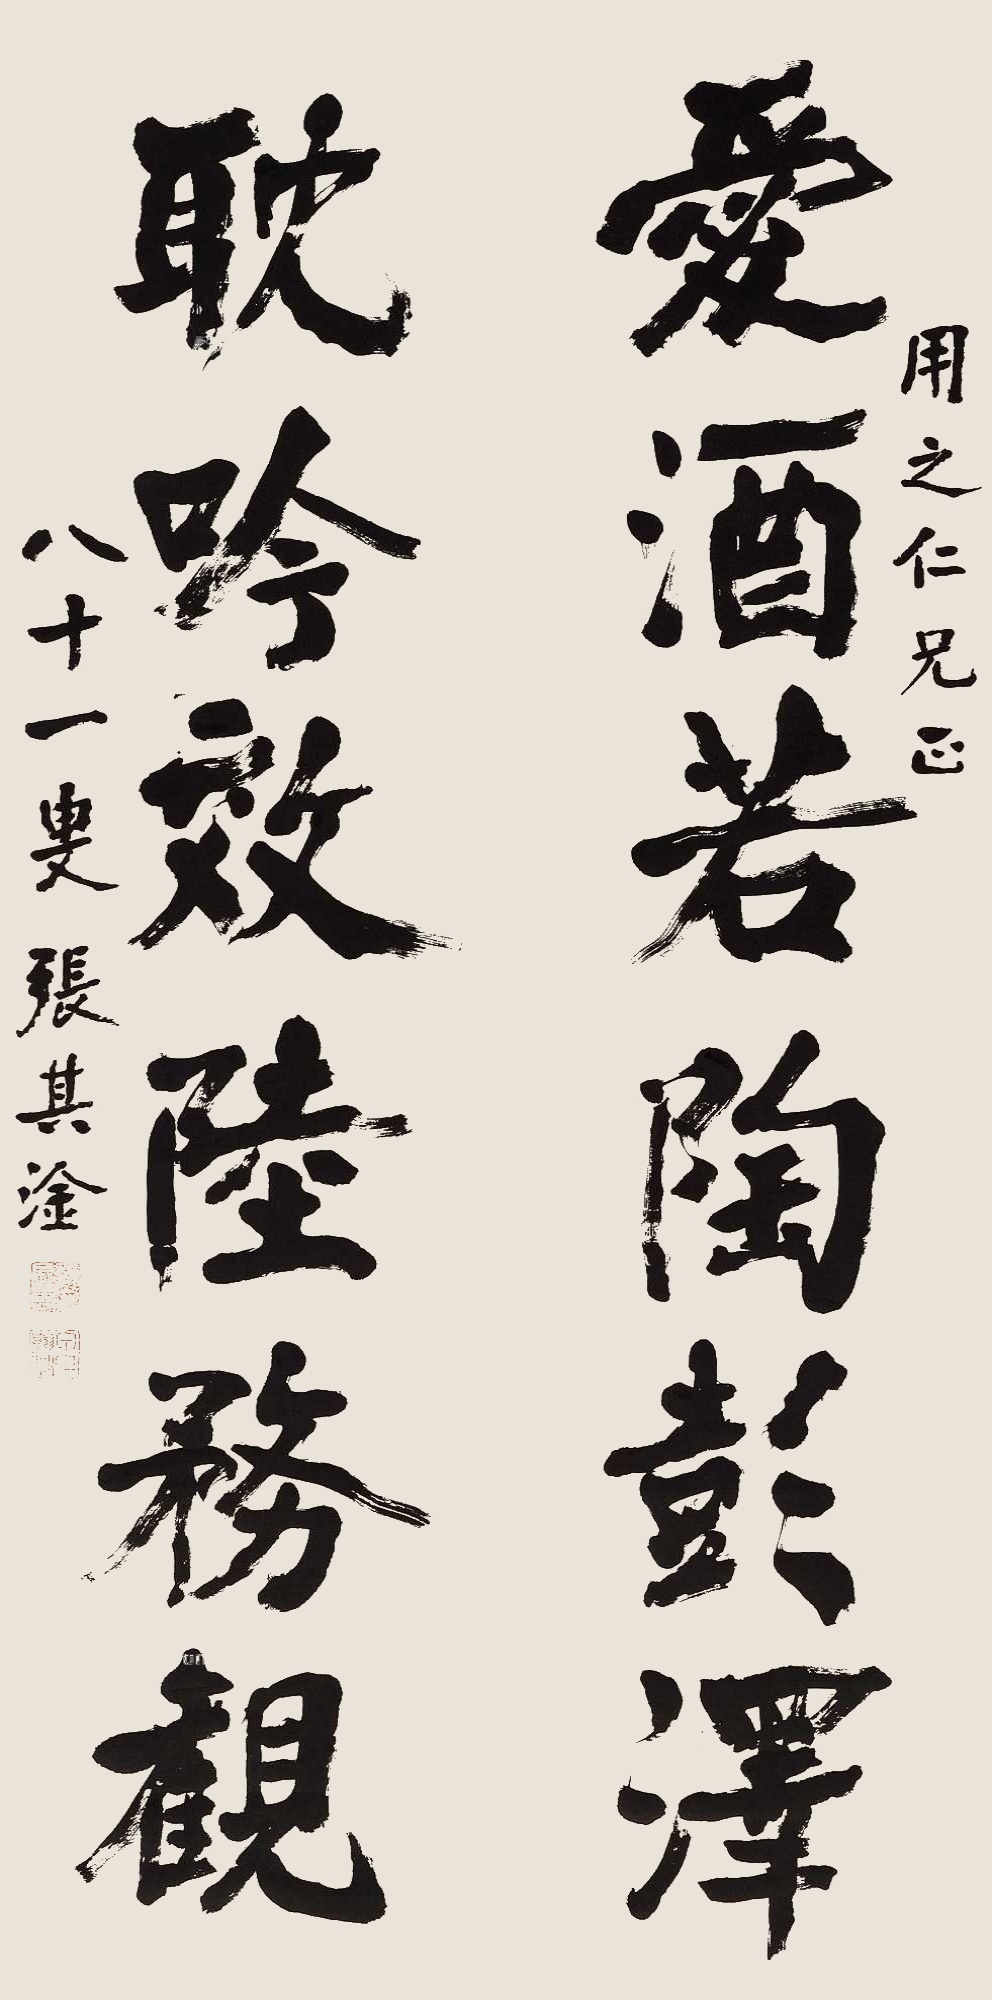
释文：爱酒若陶彭泽，耽吟效陆务观。用之仁兄正，八十一叟张其淦。